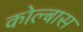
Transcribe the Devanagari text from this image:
कोल्बास